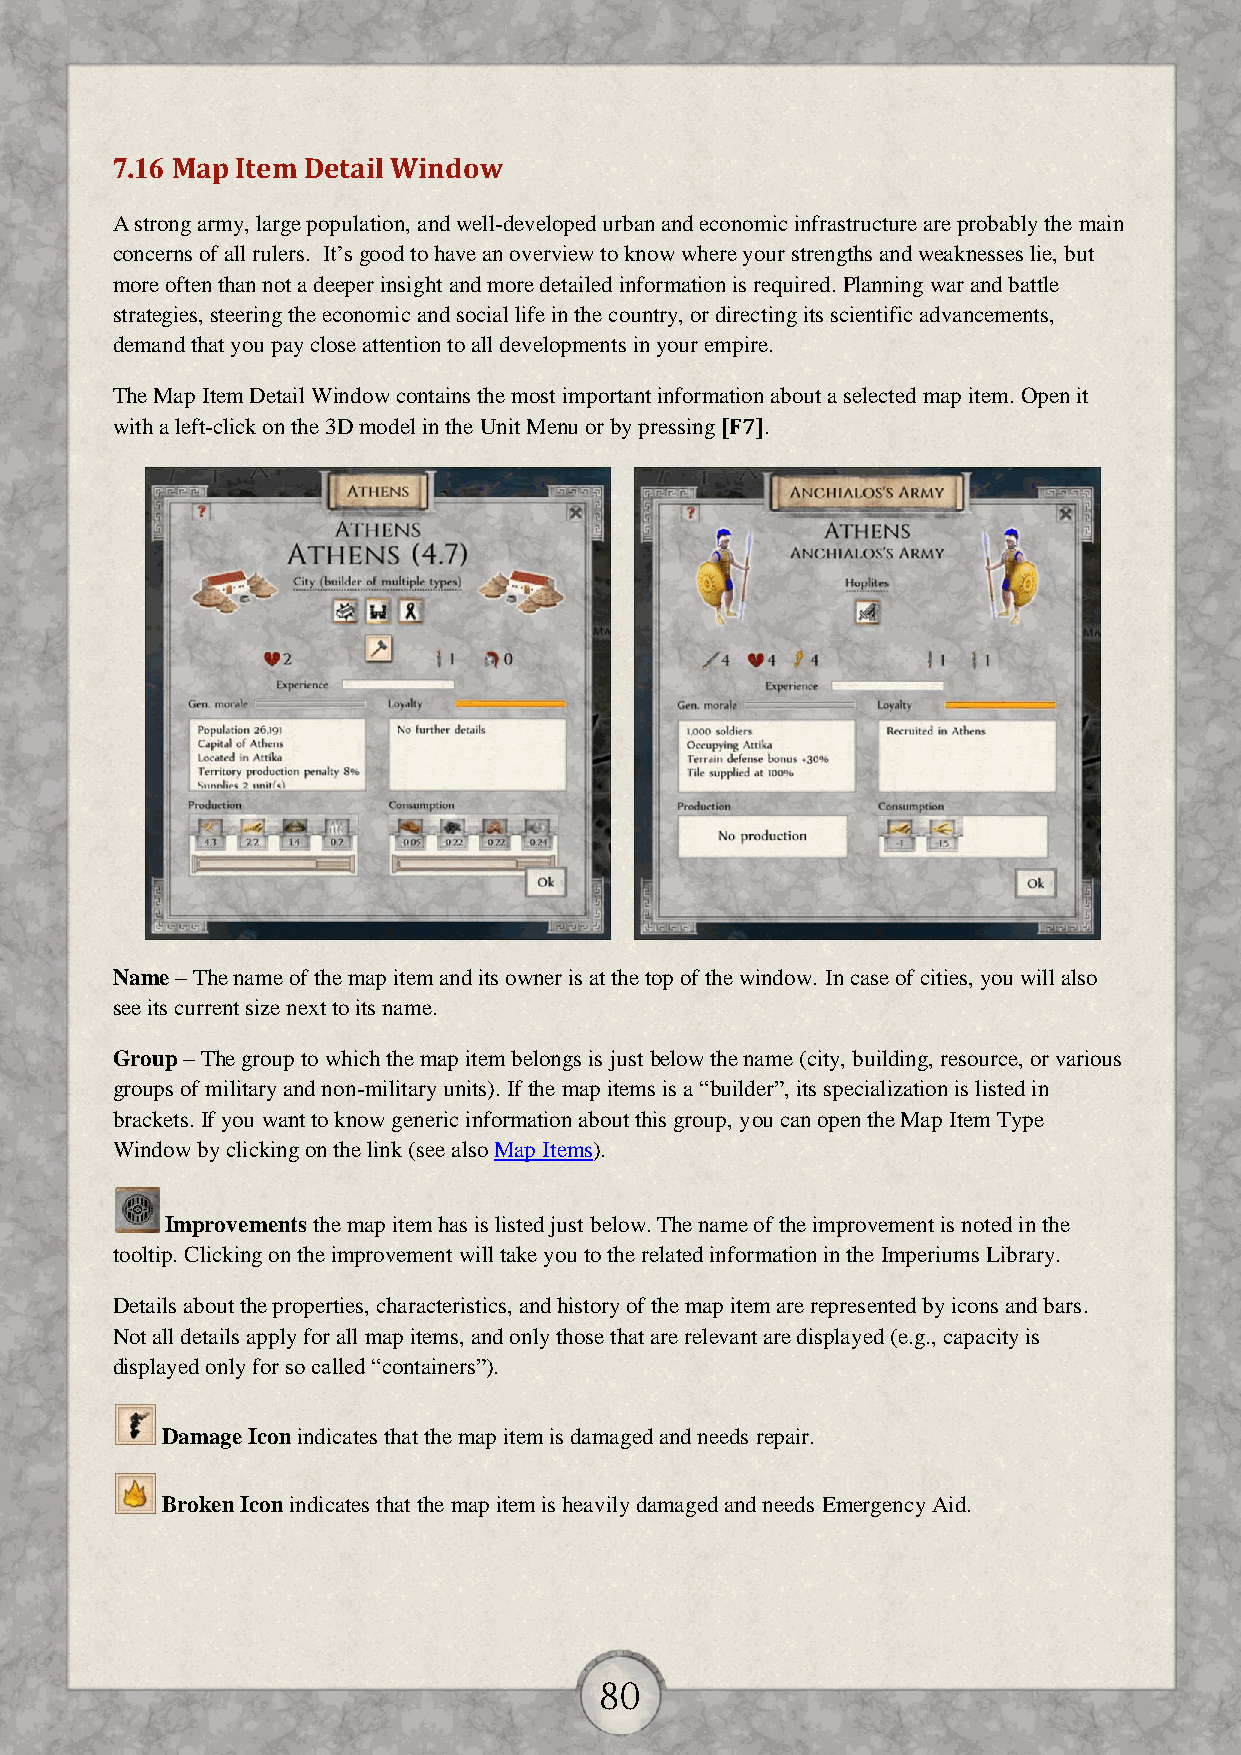
7.16 Map Item Detail Window
 A strong army, large population, and well-developed urban and economic infrastructure are probably the main
 concerns of all rulers. It’s good to have an overview to know where your strengths and weaknesses lie, but
 more often than not a deeper insight and more detailed information is required. Planning war and battle
 strategies, steering the economic and social life in the country, or directing its scientific advancements,
 demand that you pay close attention to all developments in your empire.
 The Map Item Detail Window contains the most important information about a selected map item. Open it
 with a left-click on the 3D model in the Unit Menu or by pressing [F7].
 Name – The name of the map item and its owner is at the top of the window. In case of cities, you will also
 see its current size next to its name.
 Group – The group to which the map item belongs is just below the name (city, building, resource, or various
 groups of military and non-military units). If the map items is a “builder”, its specialization is listed in
 brackets. If you want to know generic information about this group, you can open the Map Item Type
 Window by clicking on the link (see also Map Items).
 Improvements the map item has is listed just below. The name of the improvement is noted in the
 tooltip. Clicking on the improvement will take you to the related information in the Imperiums Library.
 Details about the properties, characteristics, and history of the map item are represented by icons and bars.
 Not all details apply for all map items, and only those that are relevant are displayed (e.g., capacity is
 displayed only for so called “containers”).
 Damage Icon indicates that the map item is damaged and needs repair.
 Broken Icon indicates that the map item is heavily damaged and needs Emergency Aid.
 80